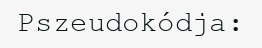
Pszeudokódja: